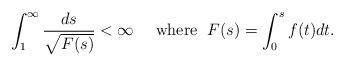
LaTeX: \begin{align*}\int_1^\infty\frac{ds}{\sqrt{F(s)}}<\infty\quad\mbox{ where }\; F(s)=\int_0^s f(t)dt.\end{align*}